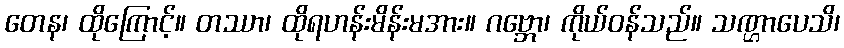
တေန၊ ထိုကြောင့်။ တဿာ၊ ထိုရဟန်းမိန်းမအား။ ဂဗ္ဘော၊ ကိုယ်ဝန်သည်။ သဏ္ဌာပေသိ၊